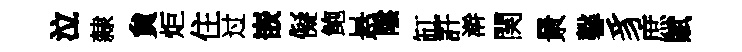
泣隸貟炬住过嵌儗鲍悬隂缸許澣関㬌馨豸庶賦